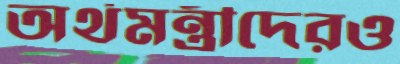
অর্থমন্ত্রীদেরও